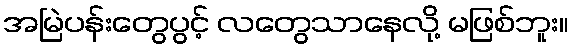
အမြဲပန်းတွေပွင့် လတွေသာနေလို့ မဖြစ်ဘူး။